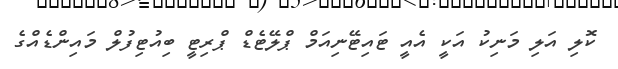
ކޮލި އަލި މަނިކު އަކީ އެއީ ޓައިޓޭނިއަމް ޕްލޭޓެޑް ޕްރިޓީ ބިއުޓިފުލް މައިންޑެއްގެ